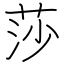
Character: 莎